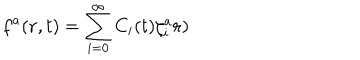
LaTeX: f ^ { a } ( { \bf r } , t ) = \sum _ { i = 0 } ^ { \infty } C _ { i } ( t ) \zeta _ { i } ^ { a } { \bf r } )